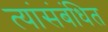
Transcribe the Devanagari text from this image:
त्यांसंबंधित